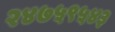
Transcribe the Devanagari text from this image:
२४७५९५४३